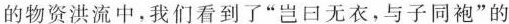
的物资洪流中，我们看到了”岂日无衣，与子同袍”的